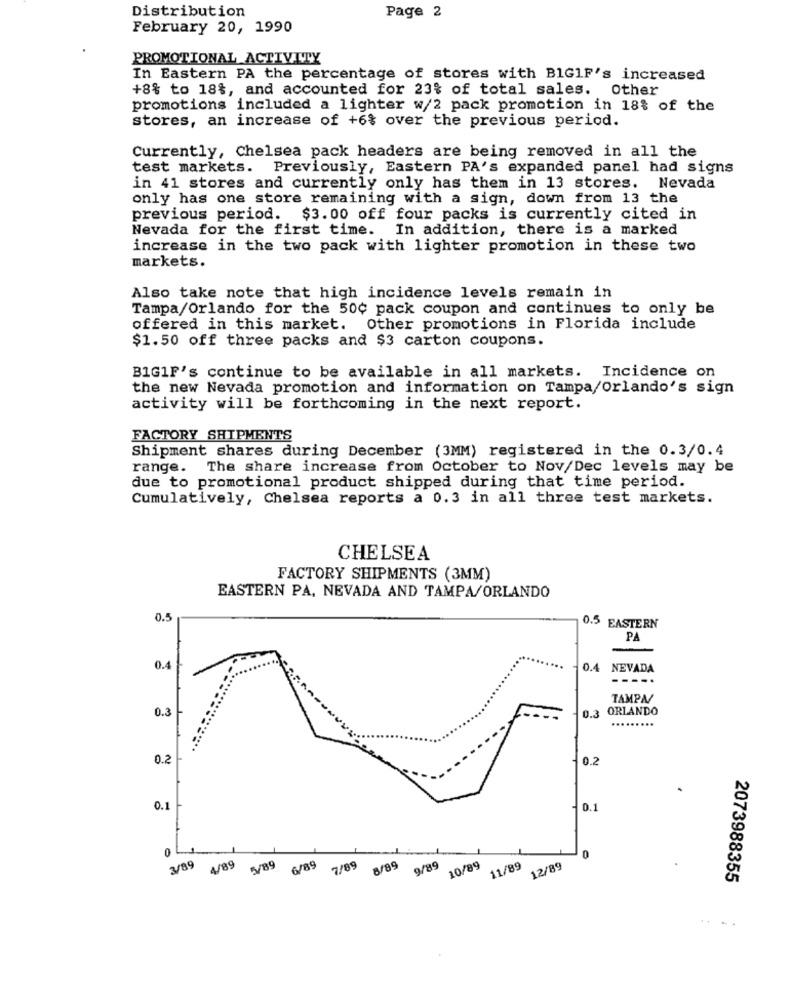
Distribution
Page 2
February 20, 1990
PROMOTIONAL ACTIVITY
In Eastern PA the percentage of stores with BIG1F's increased
+8% to 18%, and accounted for 23% of total sales. Other
promotions included a lighter w/2 pack promotion in 18% of the
stores, an increase of +6% over the previous period.
Currently, Chelsea pack headers are being removed in all the
test markets. Previously, Eastern PA's expanded panel had signs
in 41 stores and currently only has them in 13 stores. Nevada
only has one store remaining with a sign, down from 13 the
previous period. $3.00 off four packs is currently cited in
Nevada for the first time. In addition, there is a marked
increase in the two pack with lighter promotion in these two
markets.
Also take note that high incidence levels remain in
Tampa/Orlando for the 50¢ pack coupon and continues to only be
offered in this market. Other promotions in Florida include
$1.50 off three packs and $3 carton coupons.
B1G1F's continue to be available in all markets. Incidence on
the new Nevada promotion and information on Tampa/Orlando's sign
activity will be forthcoming in the next report.
FACTORY SHIPMENTS
Shipment shares during December (3MM) registered in the 0.3/0.4
range. The share increase from October to Nov/Dec levels may be
due to promotional product shipped during that time period.
Cumulatively, Chelsea reports a 0.3 in all three test markets.
CHELSEA
FACTORY SHIPMENTS (3MM)
EASTERN PA, NEVADA AND TAMPA/ORLANDO
0.5
0.5 EASTERN
PA
0.4
0.4
NEVADA
----.
TAMPA/
0.3
ORLANDO
0.3
0.2
0.2
0.1
0.1
0
3/89
4/89
5/89
6/89
7/89
8/89
9/89
10/89
11/89
12/89
2073988355